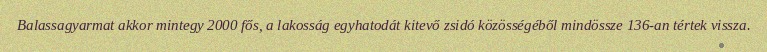
Balassagyarmat akkor mintegy 2000 fős, a lakosság egyhatodát kitevő zsidó közösségéből mindössze 136-an tértek vissza.